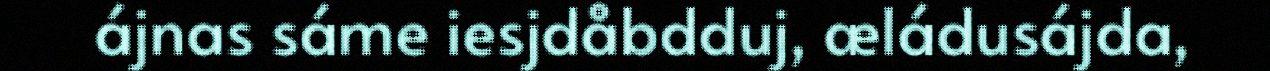
ájnas sáme iesjdåbdduj, æládusájda,